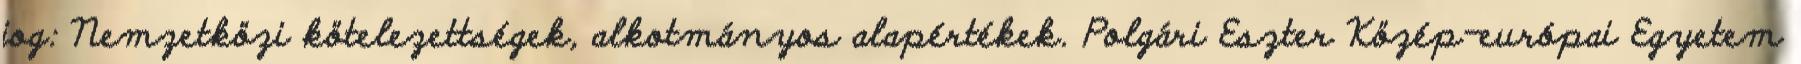
jog: Nemzetközi kötelezettségek, alkotmányos alapértékek. Polgári Eszter Közép-európai Egyetem